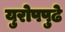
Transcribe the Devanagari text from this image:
युरोपपुढे